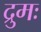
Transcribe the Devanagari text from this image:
द्रुमः